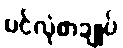
ပင်လုံစာချုပ်